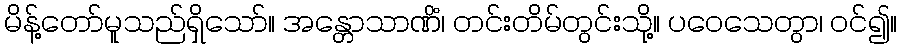
မိန့်တော်မူသည်ရှိသော်။ အန္တောသာဏိံ၊ တင်းတိမ်တွင်းသို့။ ပဝေသေတွာ၊ ဝင်၍။